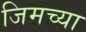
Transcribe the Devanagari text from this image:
जिमच्या